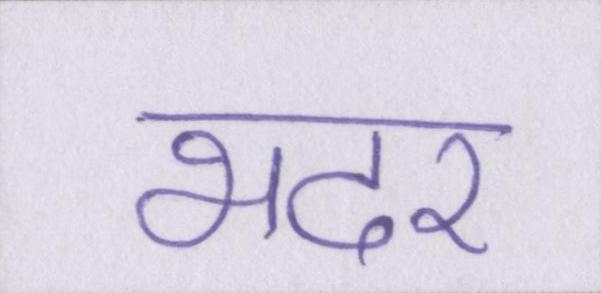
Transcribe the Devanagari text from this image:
भदर